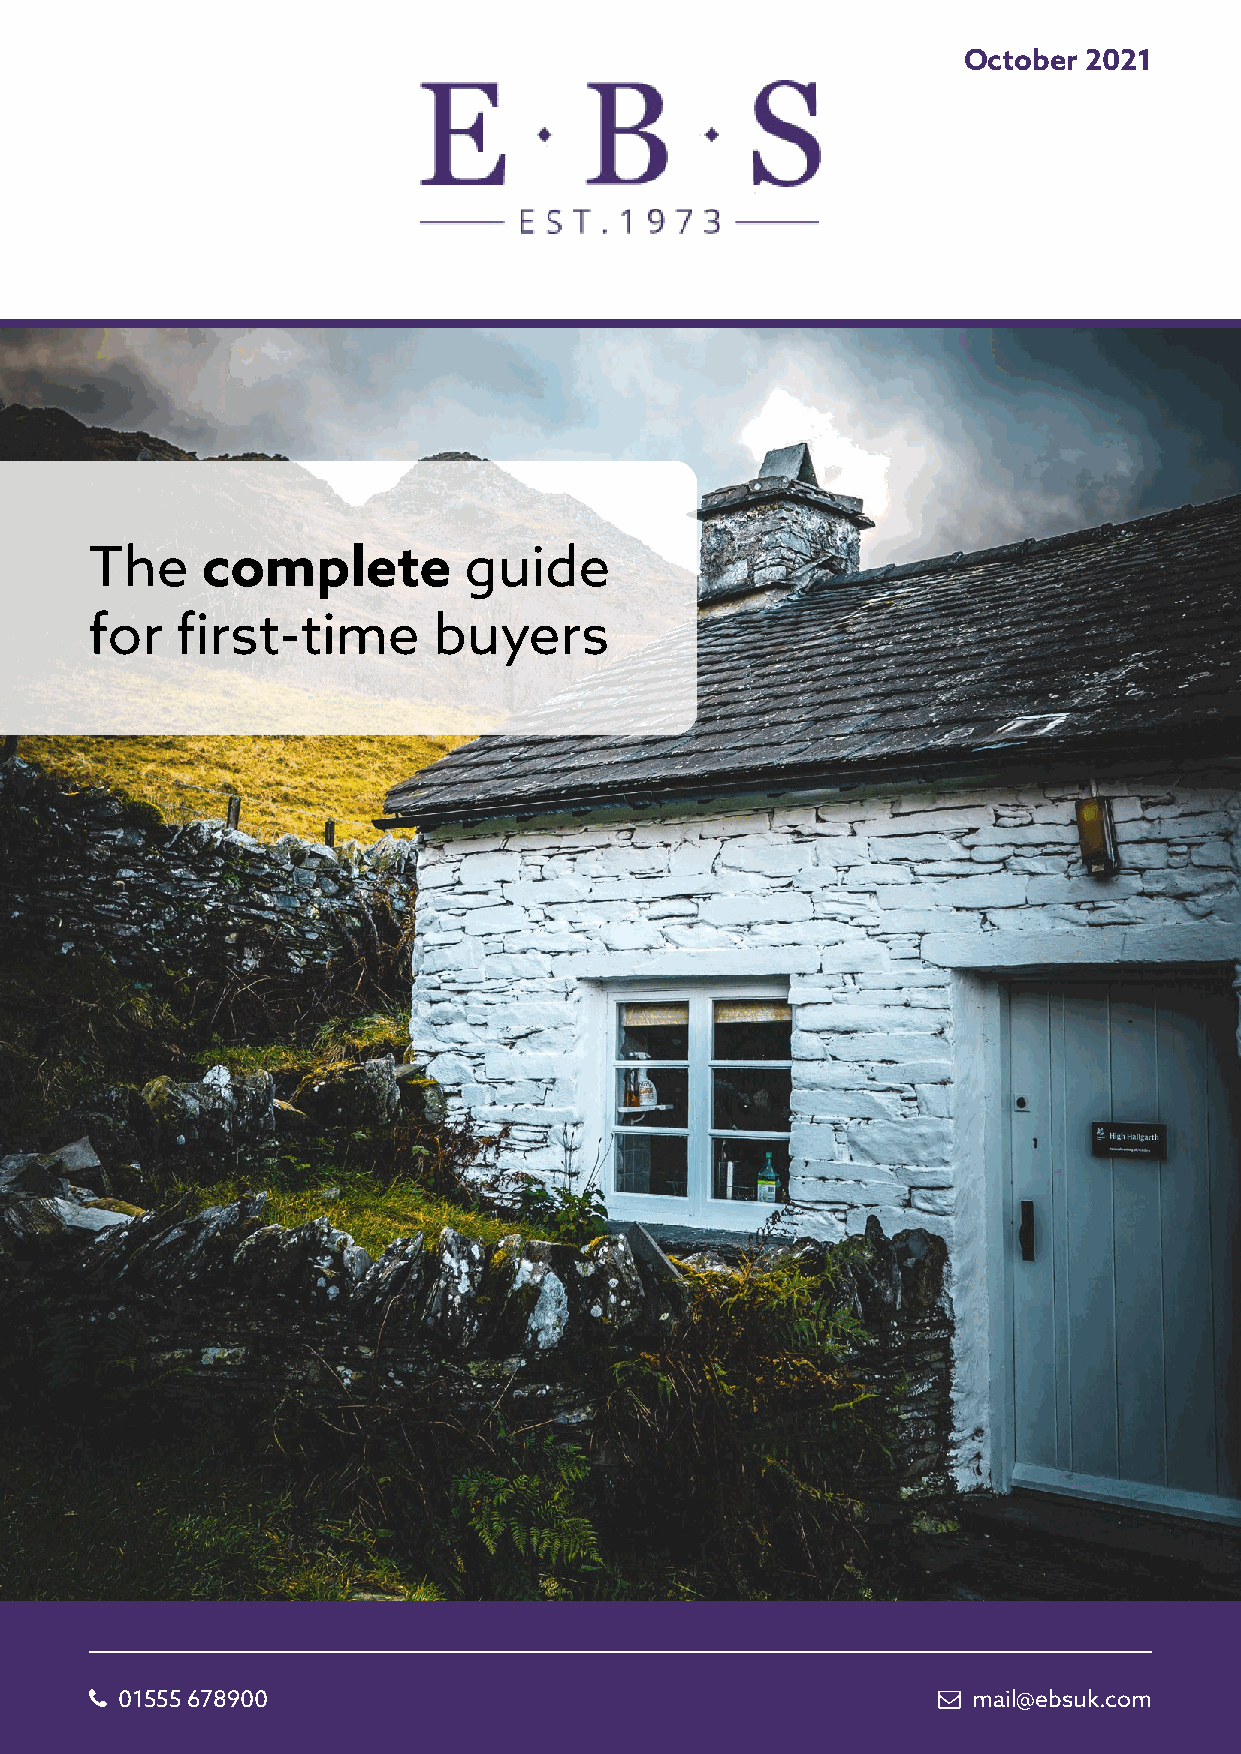
October 2021
 The    complete          guide
 for   first-time       buyers
  01555 678900                                           mail@ebsuk.com